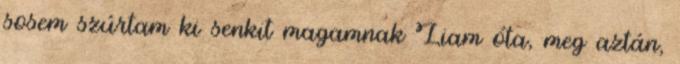
sosem szúrtam ki senkit magamnak Liam óta, meg aztán,